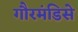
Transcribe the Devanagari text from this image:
गौरमंडिसे